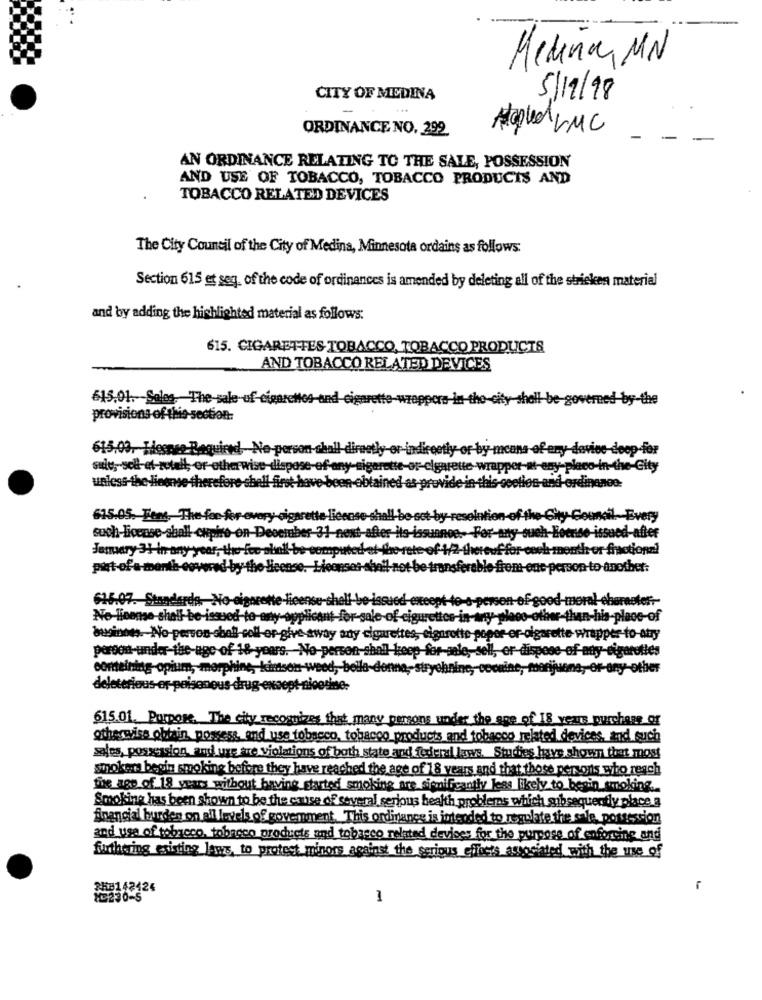
Medina, MN
CITY OF MEDINA
5/19/98
ORDINANCE NO. 299
Applied LMC
AN ORDINANCE RELATING TO THE SALE, POSSESSION
AND USE OF TOBACCO, TOBACCO PRODUCTS AND
TOBACCO RELATED DEVICES
The City Council of the City of Medina, Minnesota ordains as follows:
Section 615 et seq. of the code of ordinances is amended by deleting all of the stricken material
and by adding the highlighted material as follows:
615. CIGARETTES TOBACCO, TOBACCO PRODUCTS
AND TOBACCO RELATED DEVICES
615.01. Sales- The-sale-of-cigaretos-and
tho-
y-shall be-governed by-the
provisions of this section:
615.03. Hesnes-Required Ne-person-chall directly or indirectly or by means of eny device-deep-for
sule ,- sell-et-totalt, or other wise-dispose-of-any-sigarette-or-cigarette wrapper-at-esy-placo-in-the-Gity
unless-the- linense therefore-shell first have-
en-obtained as provide in-this-cootion-and-ordinance:
615.05. Tens, The fee for every-cigarette
intion of the City Gomail-Every
such-license-aball capire-on-Deoct
January 31-In any year, the fee-shall b
"thereuf for coch-month or fractions!
piet-of -a-menth-covered by the Heense. Lios
sos-shall not be transferable frem-eac- person to another:
616.07. Standards, No-cigarette-license-
a-person-of-good-moral-character --
No-license-shall be-issued-to-any-applicant-for-sale-of cigun
in-anty ploos-other than-his-place-of
business. Ao-person-shall-soll er-give away anty cigarettes, eignrotte- popor-er-cigarette wrapper-to-Atry
peroont-under-the-age of 18 years. No-person-shall-keep-for-sale, sell, or-dispose-of-any-cigarettes
corteining opium, morphine, kinson-weed, bella donna, strychnine ,- cocaine, marijuana, or-any-other
$15.01. Purpose. The city recognizes that many parsons under the age of 18 years purchase or
othersvise obtain possess, and use tobacco, tobacco products and tobacco related devices, and such
sales, possession, and use are violations of both state and federal laws. Studies have shown that most
smokers begin smoking before they have reached the age of 18 years and that those persons who reach
fine age of 18 years without having started smoking are significantly less likely to begin smoking.
Smoking has been shown to be the cause of several serious health problems which subsequently place a
financial burden on all levels of goverment. This ordinance is intended to regulate the sale, possession
and use of tobacco, tobacco products and tobacco related devises for the purpose of enforcing and
furthering existing laws, to protect minors against the serious effects asociated with the use of
SHE142424
1